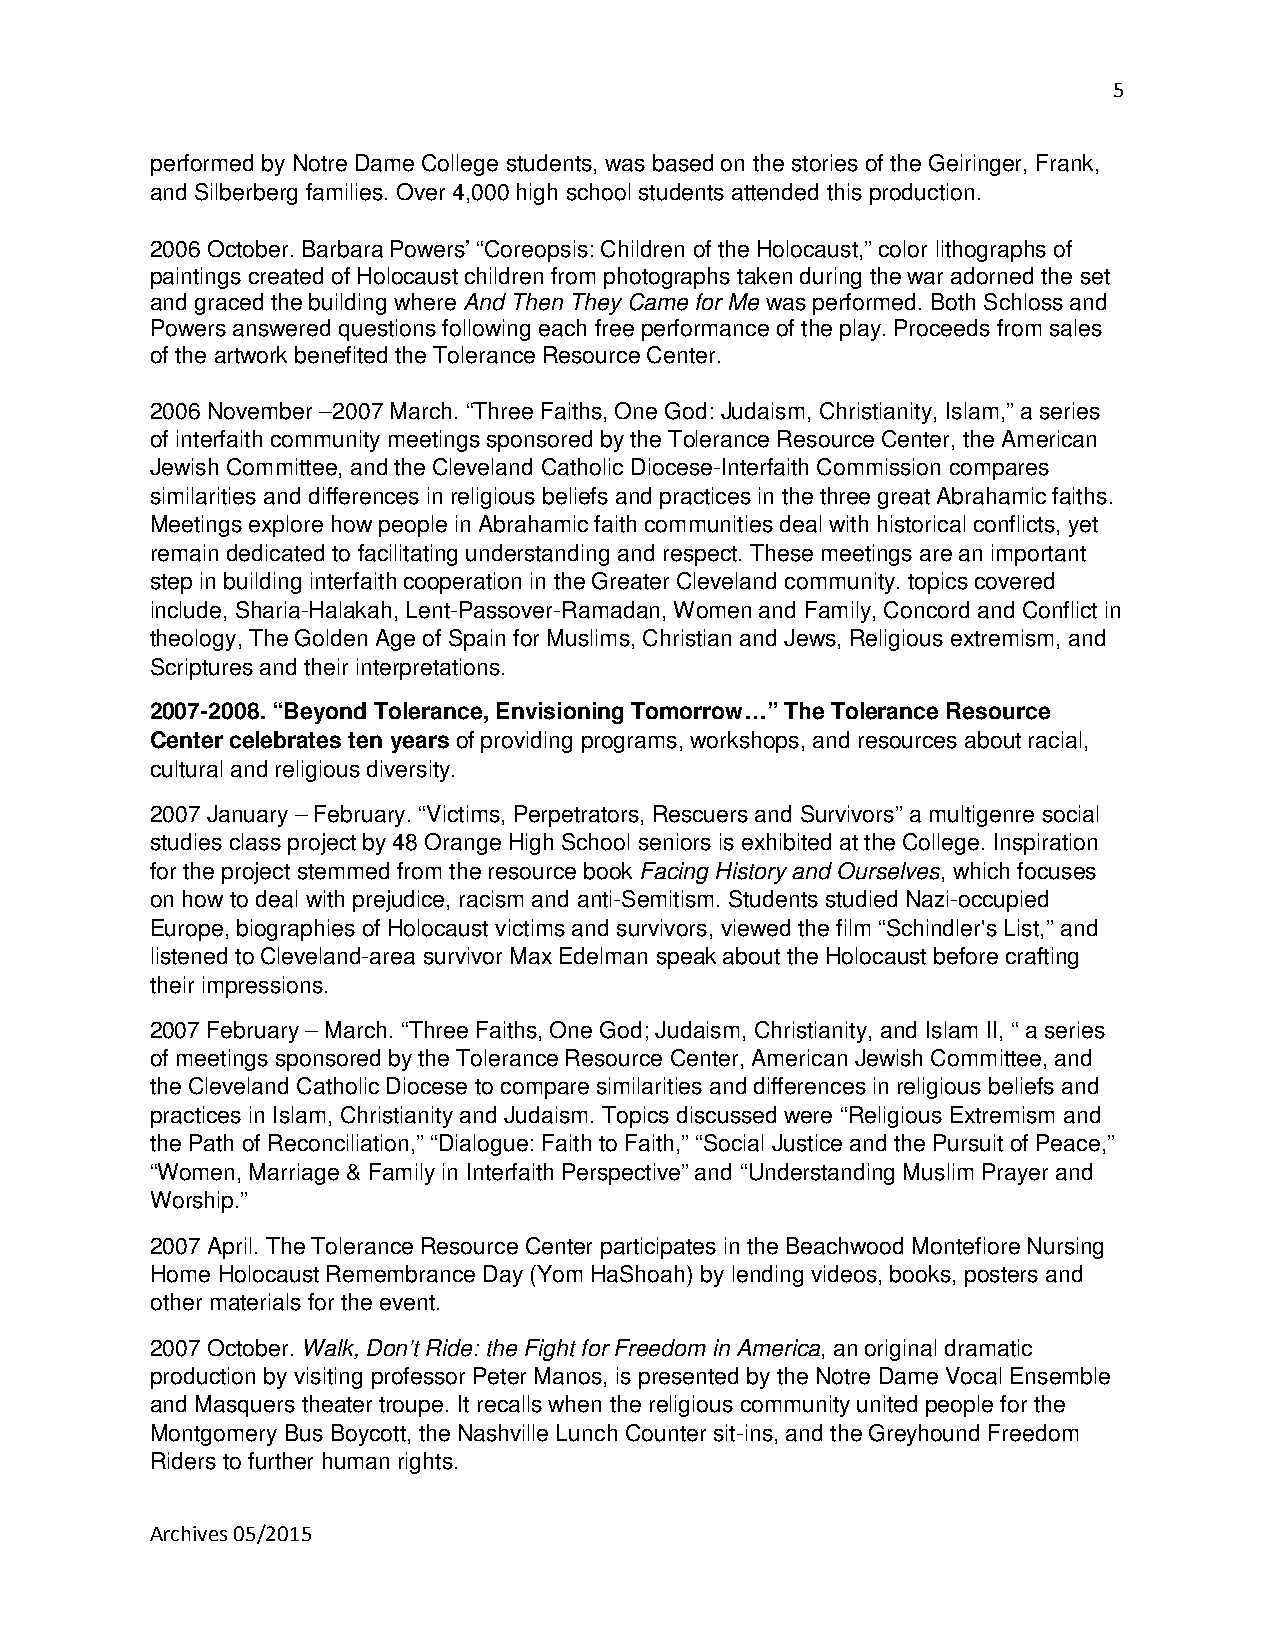
5
 performed by Notre Dame College students, was based on the stories of the Geiringer, Frank,
 and Silberberg families. Over 4,000 high school students attended this production.
 2006 October. Barbara Powers’ “Coreopsis: Children of the Holocaust,” color lithographs of
 paintings created of Holocaust children from photographs taken during the war adorned the set
 and graced the building where And Then They Came for Me was performed. Both Schloss and
 Powers answered questions following each free performance of the play. Proceeds from sales
 of the artwork benefited the Tolerance Resource Center.
 2006 November –2007 March. “Three Faiths, One God: Judaism, Christianity, Islam,” a series
 of interfaith community meetings sponsored by the Tolerance Resource Center, the American
 Jewish Committee, and the Cleveland Catholic Diocese-Interfaith Commission compares
 similarities and differences in religious beliefs and practices in the three great Abrahamic faiths.
 Meetings explore how people in Abrahamic faith communities deal with historical conflicts, yet
 remain dedicated to facilitating understanding and respect. These meetings are an important
 step in building interfaith cooperation in the Greater Cleveland community. topics covered
 include, Sharia-Halakah, Lent-Passover-Ramadan, Women and Family, Concord and Conflict in
 theology, The Golden Age of Spain for Muslims, Christian and Jews, Religious extremism, and
 Scriptures and their interpretations.
 2007-2008. “Beyond Tolerance, Envisioning Tomorrow…” The Tolerance Resource
 Center celebrates ten years of providing programs, workshops, and resources about racial,
 cultural and religious diversity.
 2007 January – February. “Victims, Perpetrators, Rescuers and Survivors” a multigenre social
 studies class project by 48 Orange High School seniors is exhibited at the College. Inspiration
 for the project stemmed from the resource book Facing History and Ourselves, which focuses
 on how to deal with prejudice, racism and anti-Semitism. Students studied Nazi-occupied
 Europe, biographies of Holocaust victims and survivors, viewed the film “Schindler's List,” and
 listened to Cleveland-area survivor Max Edelman speak about the Holocaust before crafting
 their impressions.
 2007 February – March. “Three Faiths, One God; Judaism, Christianity, and Islam II, “ a series
 of meetings sponsored by the Tolerance Resource Center, American Jewish Committee, and
 the Cleveland Catholic Diocese to compare similarities and differences in religious beliefs and
 practices in Islam, Christianity and Judaism. Topics discussed were “Religious Extremism and
 the Path of Reconciliation,” “Dialogue: Faith to Faith,” “Social Justice and the Pursuit of Peace,”
 “Women, Marriage & Family in Interfaith Perspective” and “Understanding Muslim Prayer and
 Worship.”
 2007 April. The Tolerance Resource Center participates in the Beachwood Montefiore Nursing
 Home Holocaust Remembrance Day (Yom HaShoah) by lending videos, books, posters and
 other materials for the event.
 2007 October. Walk, Don’t Ride: the Fight for Freedom in America, an original dramatic
 production by visiting professor Peter Manos, is presented by the Notre Dame Vocal Ensemble
 and Masquers theater troupe. It recalls when the religious community united people for the
 Montgomery Bus Boycott, the Nashville Lunch Counter sit-ins, and the Greyhound Freedom
 Riders to further human rights.
 Archives 05/2015